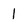
Character: 1